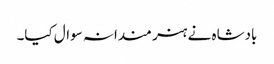
بادشاہ نے ہنر مندانہ سوال کیا۔